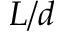
L / d